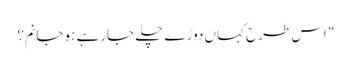
" اس طرح کہاں دوڑے چلے جارہے ہو جانم؟